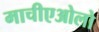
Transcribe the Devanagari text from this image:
माचीएओलो